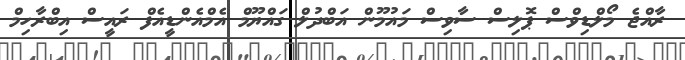
ރާއްޖެ މޯލްޑިވްސް ޕޮލިސް ސާވިސް މައުމޫން އަބްދުލް ގައްޔޫމް އެމްއެންޑީއެފް ރައީސް އިބްރާހިމް